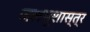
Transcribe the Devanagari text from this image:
जलभूशास्त्र